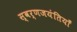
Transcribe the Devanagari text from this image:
स्वर्णजयंतियाँ